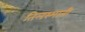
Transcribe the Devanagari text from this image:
तिलस्माती